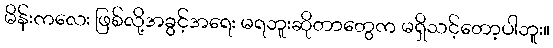
မိန်းကလေး ဖြစ်လို့အခွင့်အရေး မရဘူးဆိုတာတွေက မရှိသင့်တော့ပါဘူး။